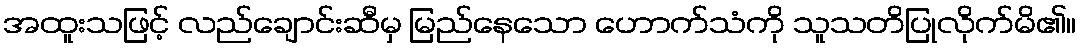
အထူးသဖြင့် လည်ချောင်းဆီမှ မြည်နေသော ဟောက်သံကို သူသတိပြုလိုက်မိ၏။